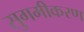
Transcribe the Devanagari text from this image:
सुगमीकरण